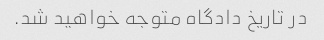
در تاریخ دادگاه متوجه خواهید شد.